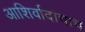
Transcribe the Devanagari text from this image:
आशिर्वादांचाच